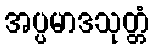
အပ္ပမာဒသုတ္တံ